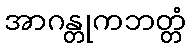
အာဂန္တုကဘတ္တံ